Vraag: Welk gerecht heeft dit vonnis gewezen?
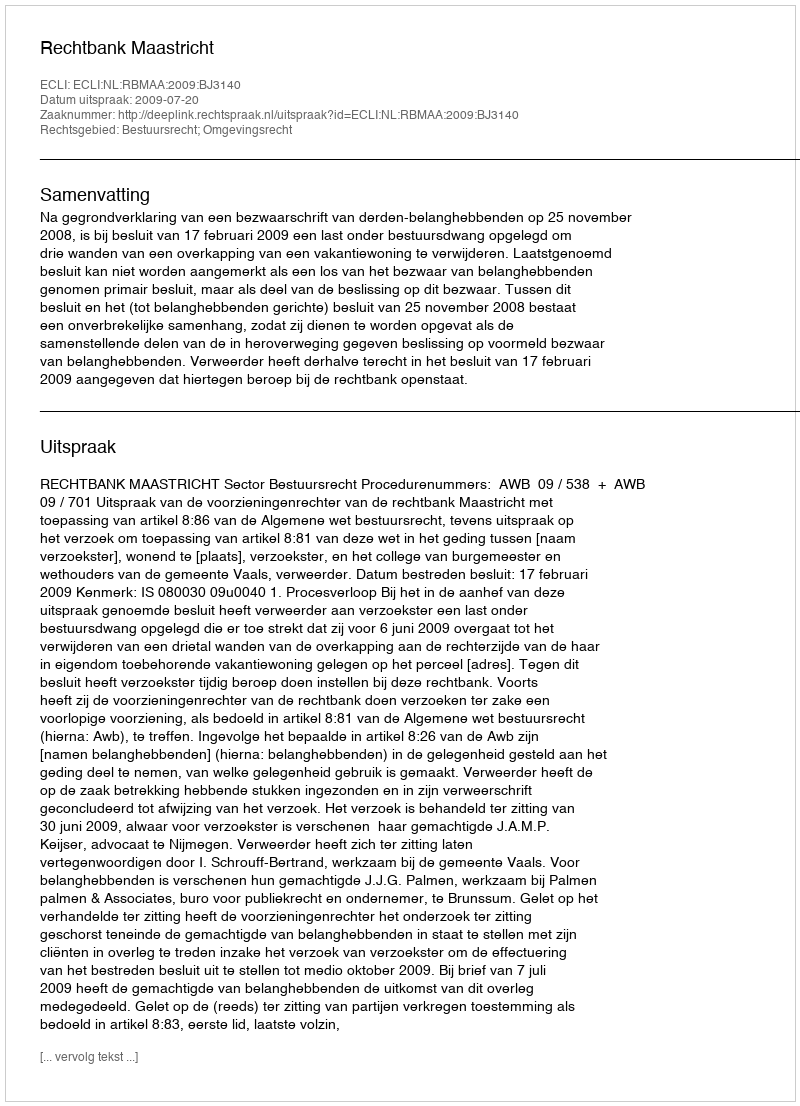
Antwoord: Rechtbank Maastricht